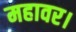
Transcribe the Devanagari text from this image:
महावर।